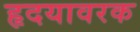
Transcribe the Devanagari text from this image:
हृदयावरक